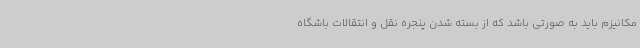
مکانیزم باید به صورتی باشد که از بسته شدن پنجره نقل و انتقالات باشگاه